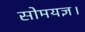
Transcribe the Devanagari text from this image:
सोमयज्ञ।